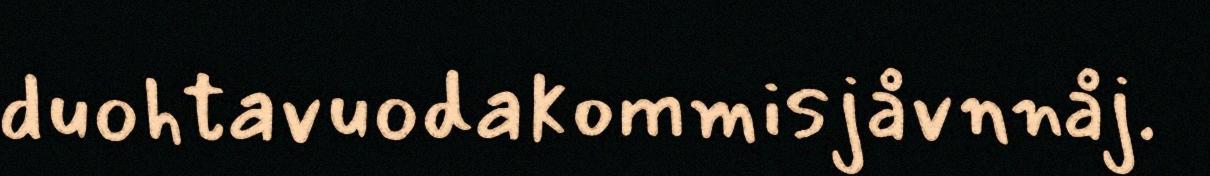
duohtavuodakommisjåvnnåj.